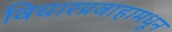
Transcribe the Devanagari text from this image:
विचारप्रवाहामधून